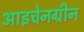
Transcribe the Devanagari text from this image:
आइचेनग्रीन